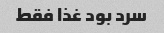
سرد بود غذا فقط